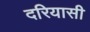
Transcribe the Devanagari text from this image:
दरियासी